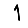
Digit: 1